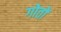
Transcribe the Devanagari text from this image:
गोतों